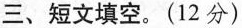
三、短文填空.(12 分)